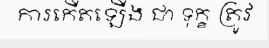
ការកើតឡើង ជា ទុក្ខ ត្រូវ